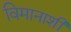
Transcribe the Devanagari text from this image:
विमानाशी